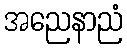
အညေနာညံ